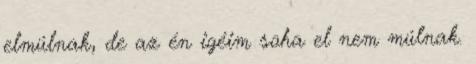
elmúlnak, de az én igéim soha el nem múlnak.